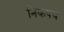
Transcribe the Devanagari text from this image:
निकषच